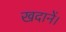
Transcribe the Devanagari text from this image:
खदानें।